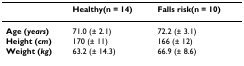
<table><thead><tr><td></td><td><b>Healthy(n = 14)</b></td><td><b>Falls risk(n = 10)</b></td></tr></thead><tbody><tr><td><b>Age (<i>years</i>)</b></td><td>71.0 (± 2.1)</td><td>72.2 (± 3.1)</td></tr><tr><td><b>Height (<i>cm</i>)</b></td><td>170 (± 11)</td><td>166 (± 12)</td></tr><tr><td><b>Weight (<i>kg</i>)</b></td><td>63.2 (± 14.3)</td><td>66.9 (± 8.6)</td></tr></tbody></table>